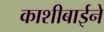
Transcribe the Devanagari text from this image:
काशीबाईने